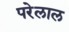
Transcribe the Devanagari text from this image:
परेलाल